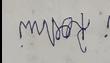
Signature authenticity: forged